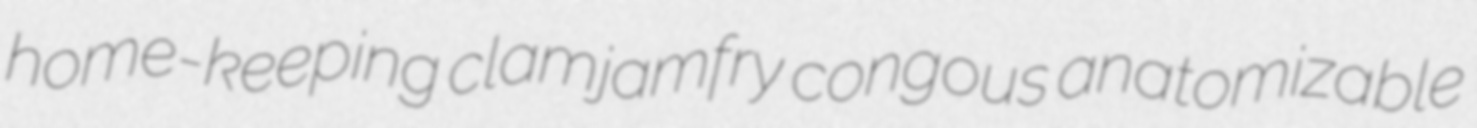
home-keeping clamjamfry congous anatomizable